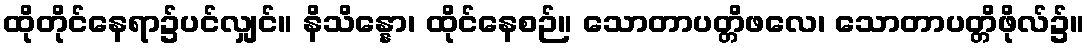
ထိုတိုင်နေရာ၌ပင်လျှင်။ နိသိန္နော၊ ထိုင်နေစဉ်။ သောတာပတ္တိဖလေ၊ သောတာပတ္တိဖိုလ်၌။